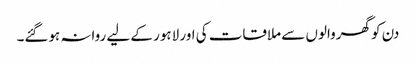
دن کو گھروالوں سے ملاقات کی اور لاہور کے لیے روانہ ہوگئے۔